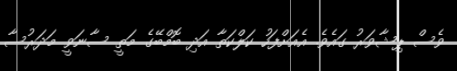
ވެސް ޕިޝާވަރު ގައެވެ. އެއަށްފަހު ކަލްކަތާ އަދި ބޮމްބޭގެ މަތީ ސާނަވީ މަދަރުސާ